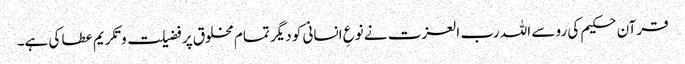
قرآن حکیم کی رو سے اللہ رب العزت نے نوعِ انسانی کو دیگر تمام مخلوق پر فضیلت و تکریم عطا کی ہے۔